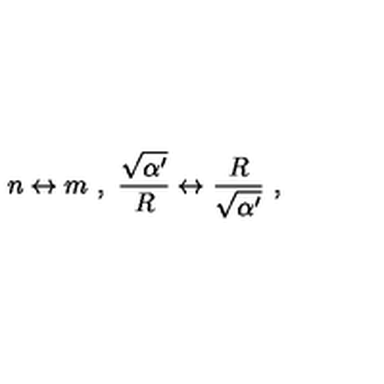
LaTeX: n \leftrightarrow m \ , \ \frac { \sqrt { \alpha ^ { \prime } } } { R } \leftrightarrow \frac { R } { \sqrt { \alpha ^ { \prime } } } \ ,